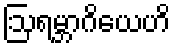
ဩရမ္ဘာဂိယေဟိ